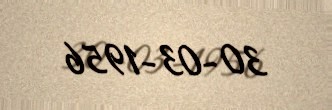
30-03-1956